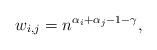
LaTeX: \begin{align*}w_{i,j}=n^{\alpha_i+\alpha_j-1-\gamma},\end{align*}